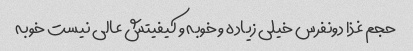
حجم غذا دونفرس خیلی زیاده و خوبه و کیفیتش عالی نیست خوبه